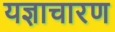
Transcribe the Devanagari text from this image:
यज्ञाचारण